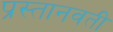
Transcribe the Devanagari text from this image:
प्रस्तानवती